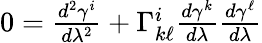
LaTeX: \begin{array}{r}{0=\frac{d^{2}\gamma^{i}}{d\lambda^{2}}+\Gamma_{k\ell}^{i}\frac{d\gamma^{k}}{d\lambda}\frac{d\gamma^{\ell}}{d\lambda}}\end{array}